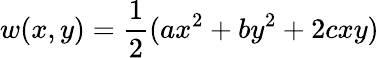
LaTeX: w(x,y)=\frac 12(ax^{2}+by^{2}+2cxy)